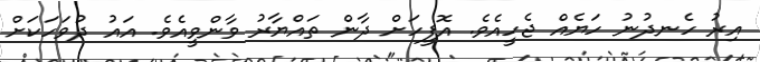
އިރު ހެނދުނު ހަޔެއް ޖެހީއެވެ. އޮފީހަށް ދާން ތައްޔާރު ވާންވީއެވެ. އައު ދުވަހަކަށް